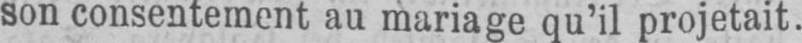
son consentement au mariage qu’il projetait.